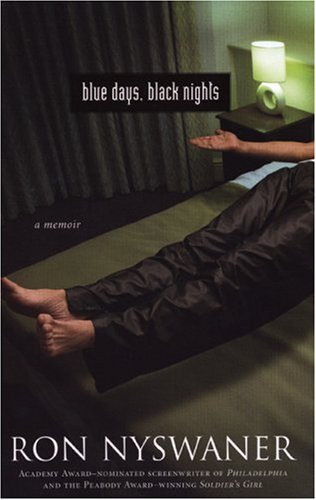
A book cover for Blue Days, Black Nights: A Memoir; Ron Nyswaner; Gay & Lesbian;